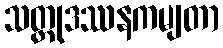
သတ္ထုဒဿနကမျတာ